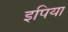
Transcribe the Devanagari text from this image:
इपिया